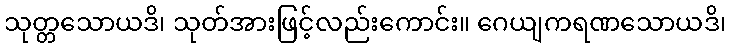
သုတ္တသောယဒိ၊ သုတ်အားဖြင့်လည်းကောင်း။ ဂေယျကရဏသောယဒိ၊